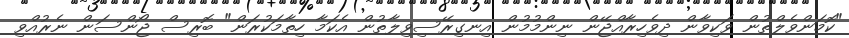
"ކޮމަންވެލްތުން ވަކިވާން ދިވެހިރާއްޖޭން ނިންމުމުން އިނގިރޭސިވިލާތުން އެކަމާ ހިތާމަކުރަން" ބޮރިސް ޖޯންސަން ނެރުއްވި